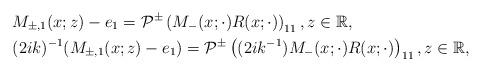
LaTeX: \begin{align*}&M_{\pm,1}(x;z)-e_1=\mathcal{P}^{\pm}\left(M_-(x ;\cdot) R(x;\cdot)\right)_{11} , z \in \mathbb{R},\\&(2ik)^{-1}(M_{\pm,1}(x;z)-e_1)=\mathcal{P}^{\pm}\left((2ik^{-1}) M_-(x ;\cdot) R(x;\cdot)\right)_{11} , z \in \mathbb{R},\end{align*}